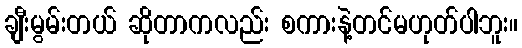
ချီးမွမ်းတယ် ဆိုတာကလည်း စကားနဲ့တင်မဟုတ်ပါဘူး။